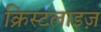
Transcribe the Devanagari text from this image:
क्रिस्टलाइज़